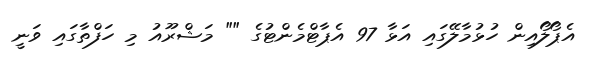
އެޕޯލޯއިން ހުޅުމާލޭގައި އަޅާ 97 އެޕާޓްމެންޓުގެ "" މަޝްރޫއު މި ހަފްތާގައި ވަނީ